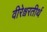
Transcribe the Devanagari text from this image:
वीरेश्वरतीर्थ